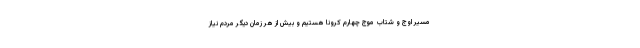
مسیر اوج و شتاب موج چهارم کرونا هستیم و بیش از هر زمان دیگر مردم نیاز